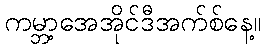
ကမ္ဘာ့အေအိုင်ဒီအက်စ်နေ့။